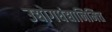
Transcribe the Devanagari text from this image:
उद्योगधंद्यानिमित्त